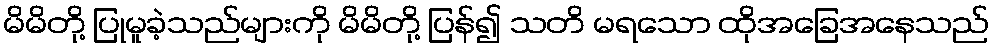
မိမိတို့ ပြုမူခဲ့သည်များကို မိမိတို့ ပြန်၍ သတိ မရသော ထိုအခြေအနေသည်